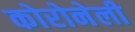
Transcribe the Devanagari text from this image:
कोरोनेली